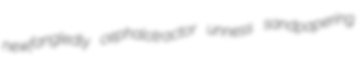
newfangledly cephalotractor unness sandpapering